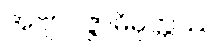
အဗျာပဇ္ဇာဓိမုတ္တဿ